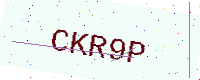
Text: CKR9P